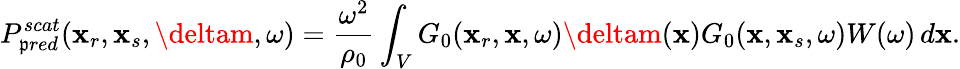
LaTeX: P_{\mathfrak{p}red}^{scat}(\textbf{{x}}_{r},\textbf{{x}}_{s},\deltam,\omega)=\frac{{\omega^{2}}}{{\rho_{0}}}\int_{V}G_{0}(\textbf{{x}}_{r},\textbf{{x}},\omega)\deltam(\textbf{{x}})G_{0}(\textbf{{x}},\textbf{{x}}_{s},\omega)W(\omega)\, d\textbf{{x}}.